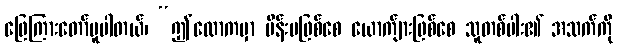
ဖြေကြားတော်မူပါတယ်၊ “ဤလောကမှာ မိန်းမဖြစ်စေ ယောက်ျားဖြစ်စေ သူတစ်ပါး၏ အသက်ကို